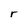
Character: r